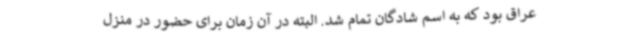
عراق بود که به اسم شادگان تمام شد. البته در آن زمان برای حضور در منزل